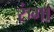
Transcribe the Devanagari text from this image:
रुंगा